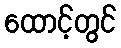
ထောင့်တွင်